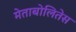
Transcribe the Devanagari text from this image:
मेताबोलितेस